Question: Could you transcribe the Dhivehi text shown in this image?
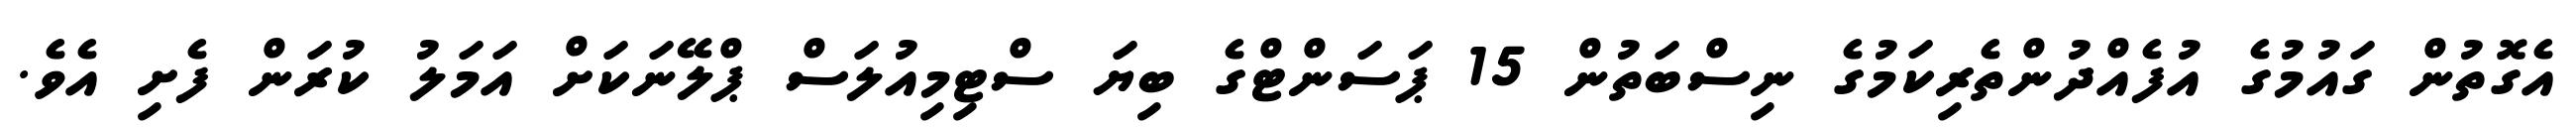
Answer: އެގޮތުން ގައުމުގެ އުފެއްދުންތެރިކަމުގެ ނިސްބަތުން 15 ޕަސަންޓްގެ ބިޔަ ސްޓިމިއުލަސް ޕްލޭނަކަށް އަމަލު ކުރަން ފެށި އެވެ.